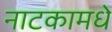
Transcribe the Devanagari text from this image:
नाटकामधे